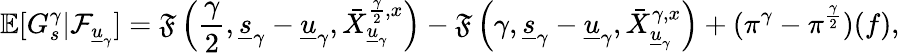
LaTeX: \mathbb{E}[G_{s}^{\gamma}|\mathcal{F}_{\underline{{u}}_{\gamma}}]=\mathfrak{F}\left(\frac{\gamma}{2},\underline{{s}}_{\gamma}-\underline{{u}}_{\gamma},\bar{X}_{\underline{{u}}_{\gamma}}^{\frac{\gamma}{2},x}\right)-\mathfrak{F}\left({\gamma},\underline{{s}}_{\gamma}-\underline{{u}}_{\gamma},\bar{X}_{\underline{{u}}_{\gamma}}^{\gamma,x}\right)+(\pi^{\gamma}-\pi^{\frac{\gamma}{2}})(f),